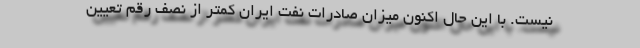
نیست. با این حال اکنون میزان صادرات نفت ایران کمتر از نصف رقم تعیین